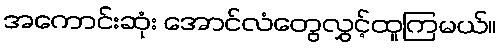
အကောင်းဆုံး အောင်လံတွေလွှင့်ထူကြမယ်။